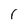
Character: r